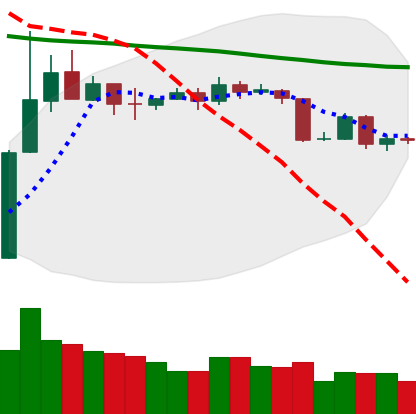
Ticker: BTC-USD
Chart end date: 2019-11-13
Forward return: -5.665%
Label: down_5_7